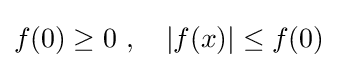
f(0)\geq 0~,\quad |f(x)|\leq f(0)